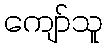
ကျော်သူ